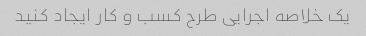
یک خلاصه اجرایی طرح کسب و کار ایجاد کنید